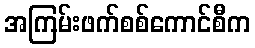
အကြမ်းဖက်စစ်ကောင်စီက